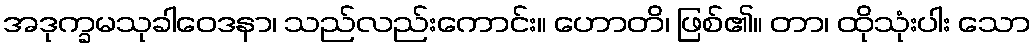
အဒုက္ခမသုခါဝေဒနာ၊ သည်လည်းကောင်း။ ဟောတိ၊ ဖြစ်၏။ တာ၊ ထိုသုံးပါး သော